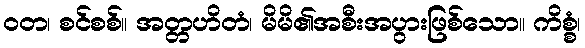
ဝတ၊ စင်စစ်။ အတ္တဟိတံ၊ မိမိ၏အစီးအပွားဖြစ်သော။ ကိစ္စံ၊